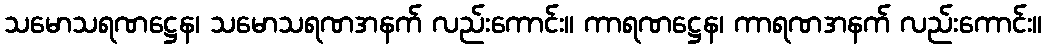
သမောသရဏဋ္ဌေန၊ သမောသရဏအနက် လည်းကောင်း။ ကာရဏဋ္ဌေန၊ ကာရဏအနက် လည်းကောင်း။